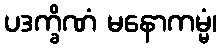
ပဒက္ခိဏံ မနောကမ္မံ၊